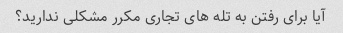
آیا برای رفتن به تله های تجاری مکرر مشکلی ندارید؟